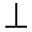
\perp